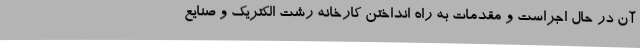
آن در حال اجراست و مقدمات به راه انداختن کارخانه رشت الکتریک و صنایع